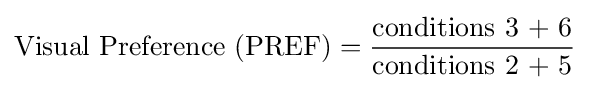
{\text{Visual Preference (PREF)}}={\frac {\text{conditions 3 + 6}}{\text{conditions 2 + 5}}}